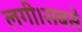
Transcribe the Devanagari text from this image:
लगी।सबसे